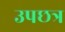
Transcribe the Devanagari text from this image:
उपछत्र